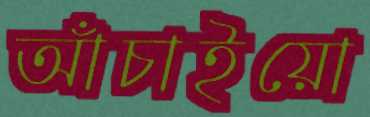
আঁচাইয়ো